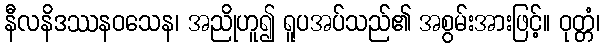
နီလနိဒဿနဝသေန၊ အညိုဟူ၍ ရူပအပ်သည်၏ အစွမ်းအားဖြင့်။ ဝုတ္တံ၊